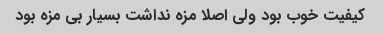
کیفیت خوب بود ولی اصلا مزه نداشت بسیار بی مزه بود